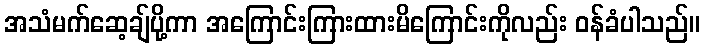
အသံမက်ဆေ့ချ်ပို့ကာ အကြောင်းကြားထားမိကြောင်းကိုလည်း ဝန်ခံပါသည်။